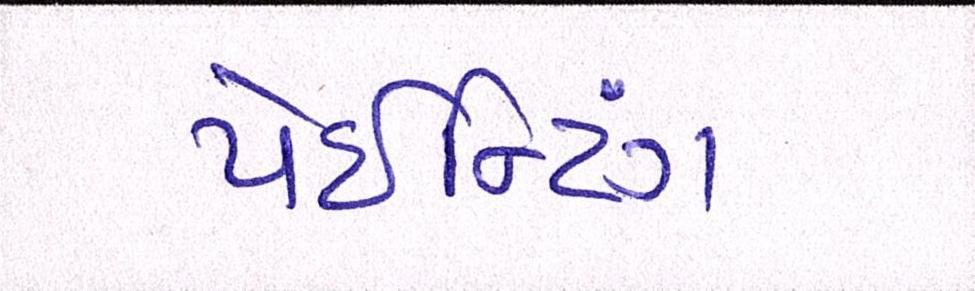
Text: પેઈન્ટિંગ